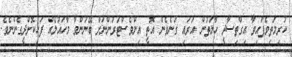
ކުރިމަތިވެފައިވާ އިގްތިސާދީ ހާލަތުން އަރައި ގަނެވެން އޮތީ އިންވެސްޓަރުންނަށް ބޭނުންވާ މާހައުލެއް ފަހިކޮށްދީގެންނެވެ.